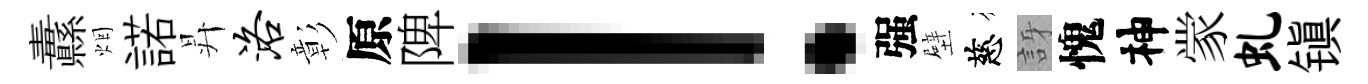
纛烟諾昇洛彰原陴！强壁慈訝愧神䝉虬镇